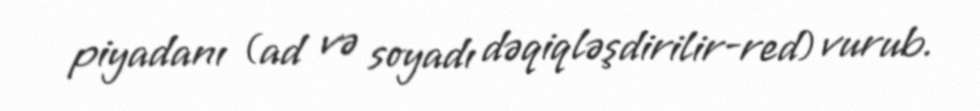
piyadanı (ad və soyadı dəqiqləşdirilir-red) vurub.